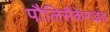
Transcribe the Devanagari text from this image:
पौलिसैकेराइड